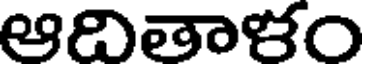
ఆదితాళం